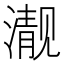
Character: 𪷍